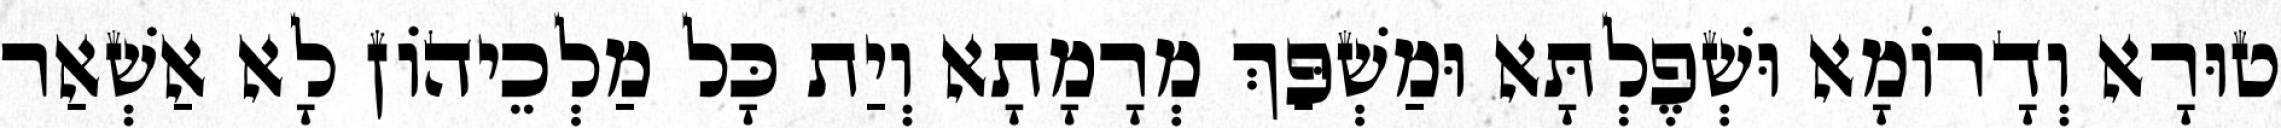
טוּרָא וְדָרוֹמָא וּשְׁפֶלְתָּא וּמַשְׁפַּךְ מְרָמָתָא וְיַת כָּל מַלְכֵיהוֹן לָא אַשְׁאַר